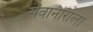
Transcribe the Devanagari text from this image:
सेवानोरोला